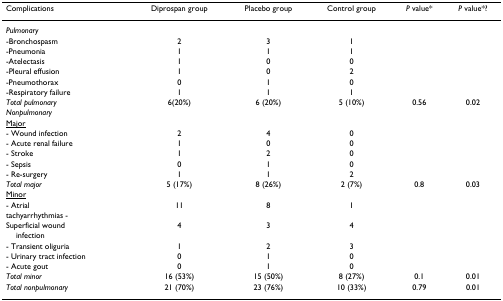
| Complications | Diprospan group | Placebo group | Control group | P value* | P value*? |
 | --- | --- | --- | --- | --- | --- |
 | Pulmonary |  |  |  |  |  |
 | -Bronchospasm | 2 | 3 | 1 |  |  |
 | -Pneumonia | 1 | 1 | 1 |  |  |
 | -Atelectasis | 1 | 0 | 0 |  |  |
 | -Pleural effusion | 1 | 0 | 2 |  |  |
 | -Pneumothorax | 0 | 1 | 0 |  |  |
 | -Respiratory failure | 1 | 1 | 1 |  |  |
 | Total pulmonary | 6(20%) | 6 (20%) | 5 (10%) | 0.56 | 0.02 |
 | Nonpulmonary |  |  |  |  |  |
 | <underline>Major</underline> |  |  |  |  |  |
 | - Wound infection | 2 | 4 | 0 |  |  |
 | - Acute renal failure | 1 | 0 | 0 |  |  |
 | - Stroke | 1 | 2 | 0 |  |  |
 | - Sepsis | 0 | 1 | 0 |  |  |
 | - Re-surgery | 1 | 1 | 2 |  |  |
 | Total major | 5 (17%) | 8 (26%) | 2 (7%) | 0.8 | 0.03 |
 | <underline>Minor</underline> |  |  |  |  |  |
 | - Atrial | 11 | 8 | 1 |  |  |
 | tachyarrhythmias - |  |  |  |  |  |
 | Superficial wound | 4 | 3 | 4 |  |  |
 | infection |  |  |  |  |  |
 | - Transient oliguria | 1 | 2 | 3 |  |  |
 | - Urinary tract infection | 0 | 1 | 0 |  |  |
 | - Acute gout | 0 | 1 | 0 |  |  |
 | Total minor | 16 (53%) | 15 (50%) | 8 (27%) | 0.1 | 0.01 |
 | Total nonpulmonary | 21 (70%) | 23 (76%) | 10 (33%) | 0.79 | 0.01 |